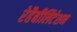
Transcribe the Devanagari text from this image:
रेहैबीलिटेशन